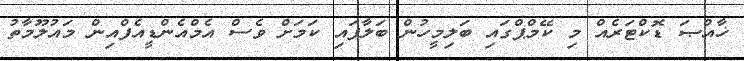
ޚާއްޞަ ޑޮކްޓަރެއް މި ކޭމްޕްގައި ބަލިމީހުން ބަލާފައި ކަމަށް ވެސް އެމްއެންޑީއެފްއިން މައުލޫމާތު